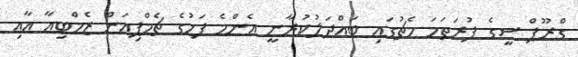
ގްރޫޕް ސީގެ ފުރަތަމަ މެޗުގައި ބައްދަލުކުރާނީ އެންމެ ފަހުގެ ޗެމްޕިއަން ޒެމްބިއާ އާއި